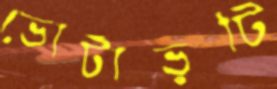
ভোটাভুটি